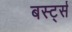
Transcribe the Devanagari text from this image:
बर्स्ट्स